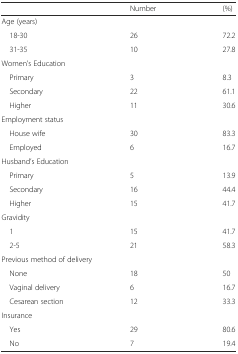
<table><thead><tr><td></td><td><b>Number</b></td><td><b>(%)</b></td></tr></thead><tbody><tr><td colspan="3">Age (years)</td></tr><tr><td> 18-30</td><td>26</td><td>72.2</td></tr><tr><td> 31-35</td><td>10</td><td>27.8</td></tr><tr><td colspan="3">Women’s Education</td></tr><tr><td> Primary</td><td>3</td><td>8.3</td></tr><tr><td> Secondary</td><td>22</td><td>61.1</td></tr><tr><td> Higher</td><td>11</td><td>30.6</td></tr><tr><td colspan="3">Employment status</td></tr><tr><td> House wife</td><td>30</td><td>83.3</td></tr><tr><td> Employed</td><td>6</td><td>16.7</td></tr><tr><td colspan="3">Husband’s Education</td></tr><tr><td> Primary</td><td>5</td><td>13.9</td></tr><tr><td> Secondary</td><td>16</td><td>44.4</td></tr><tr><td> Higher</td><td>15</td><td>41.7</td></tr><tr><td>Gravidity</td><td></td><td></td></tr><tr><td> 1</td><td>15</td><td>41.7</td></tr><tr><td> 2-5</td><td>21</td><td>58.3</td></tr><tr><td colspan="3">Previous method of delivery</td></tr><tr><td> None</td><td>18</td><td>50</td></tr><tr><td> Vaginal delivery</td><td>6</td><td>16.7</td></tr><tr><td> Cesarean section</td><td>12</td><td>33.3</td></tr><tr><td colspan="3">Insurance</td></tr><tr><td> Yes</td><td>29</td><td>80.6</td></tr><tr><td> No</td><td>7</td><td>19.4</td></tr></tbody></table>